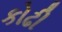
કોઢી